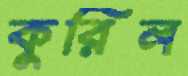
কুরিল